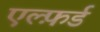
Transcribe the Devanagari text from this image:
एल्फ़र्ड